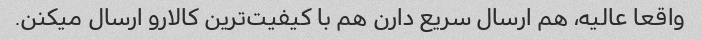
واقعا عالیه، هم ارسال سریع دارن هم با کیفیت‌ترین کالارو ارسال میکنن.